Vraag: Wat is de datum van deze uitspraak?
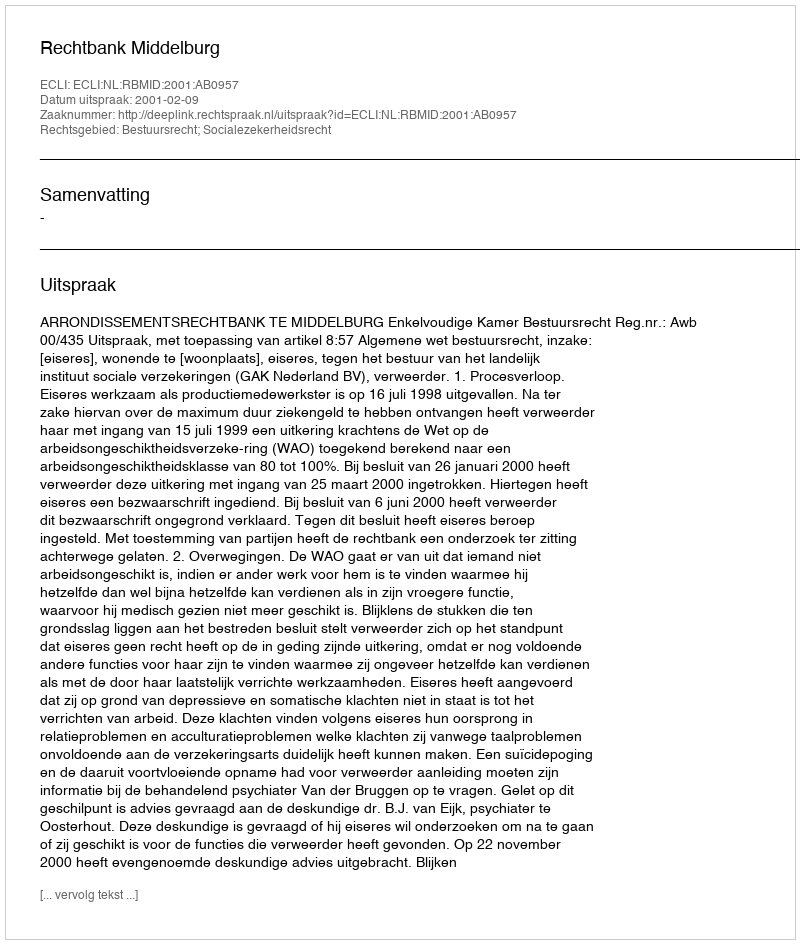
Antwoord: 2001-02-09